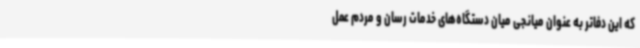
که این دفاتر به عنوان میانجی میان دستگاه‌های خدمات رسان و مردم عمل